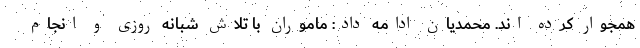
همجوار کرده اند. محمدیان ادامه داد: ماموران با تلاش شبانه روزی و انجام